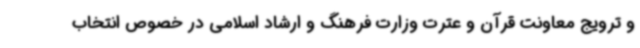
و ترویج معاونت قرآن و عترت وزارت فرهنگ و ارشاد اسلامی در خصوص انتخاب